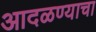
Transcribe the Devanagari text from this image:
आदळण्याचा